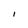
Character: 1